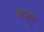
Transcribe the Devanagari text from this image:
भरतु